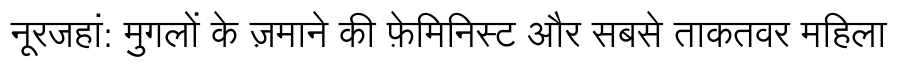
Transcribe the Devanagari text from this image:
नूरजहां: मुगलों के ज़माने की फ़ेमिनिस्ट और सबसे ताकतवर महिला